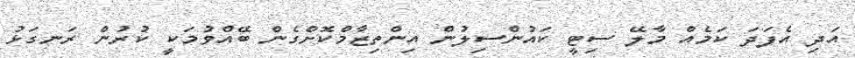
އަދި އެފަދަ ކަމެއް މާލޭ ސިޓީ ކައުންސިލުން އިންތިޒާމްކޮށްގެން ބޭއްވުމަކީ ކުރުން ރަނގަޅު